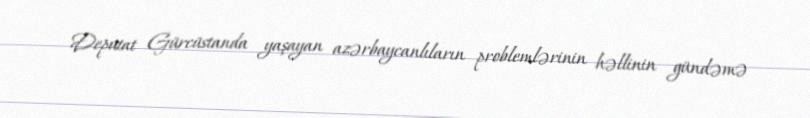
Deputat Gürcüstanda yaşayan azərbaycanlıların problemlərinin həllinin gündəmə